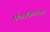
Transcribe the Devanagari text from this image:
पेठकिल्ला